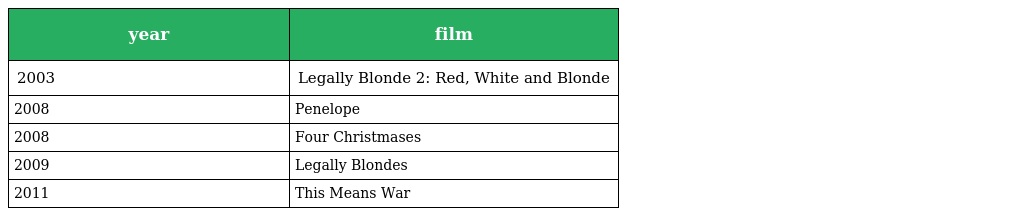
| year | film |
 | --- | --- |
 | 2003 | Legally Blonde 2: Red, White and Blonde |
 | 2008 | Penelope |
 | 2008 | Four Christmases |
 | 2009 | Legally Blondes |
 | 2011 | This Means War |